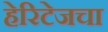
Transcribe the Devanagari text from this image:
हेरिटेजचा